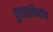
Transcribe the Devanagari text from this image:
पुतळानिर्माण